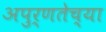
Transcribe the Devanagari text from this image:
अपुर्णतेच्या